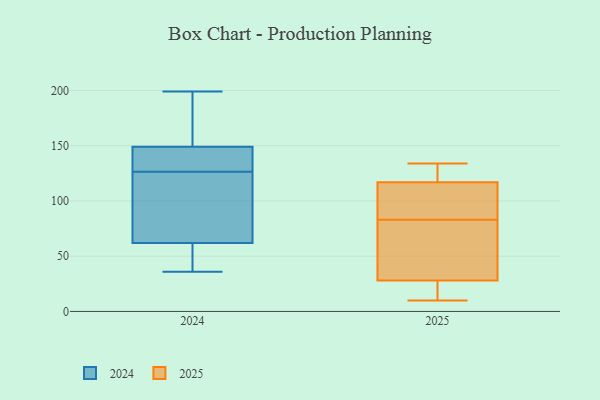
{"axis": {"x": "Population (Million)", "y": "Value"}, "legend": ["2024", "2025"], "data": [{"x": "", "y": 10, "type": "2025"}, {"x": "", "y": 134, "type": "2025"}, {"x": "", "y": 117, "type": "2025"}, {"x": "", "y": 97, "type": "2025"}, {"x": "", "y": 13, "type": "2025"}, {"x": "", "y": 69, "type": "2025"}, {"x": "", "y": 28, "type": "2025"}, {"x": "", "y": 129, "type": "2025"}, {"x": "", "y": 114, "type": "2025"}, {"x": "", "y": 44, "type": "2025"}, {"x": "", "y": 70, "type": "2024"}, {"x": "", "y": 149, "type": "2024"}, {"x": "", "y": 38, "type": "2024"}, {"x": "", "y": 141, "type": "2024"}, {"x": "", "y": 199, "type": "2024"}, {"x": "", "y": 191, "type": "2024"}, {"x": "", "y": 36, "type": "2024"}, {"x": "", "y": 78, "type": "2024"}, {"x": "", "y": 187, "type": "2024"}, {"x": "", "y": 62, "type": "2024"}, {"x": "", "y": 128, "type": "2024"}, {"x": "", "y": 143, "type": "2024"}, {"x": "", "y": 125, "type": "2024"}, {"x": "", "y": 51, "type": "2024"}]}